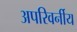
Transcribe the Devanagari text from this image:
अपरिवर्नीय